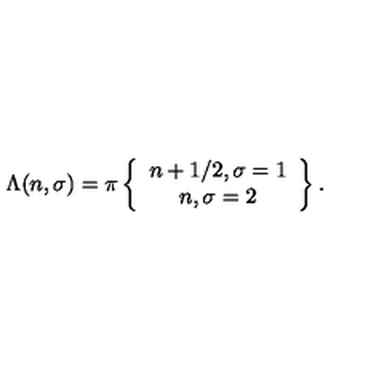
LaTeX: \Lambda ( n , \sigma ) = \pi \left\{ \begin{array} { c } { n + 1 / 2 , \sigma = 1 } \\ { n , \sigma = 2 } \\ \end{array} \right\} .